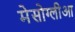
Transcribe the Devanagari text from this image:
मेसोग्लीआ